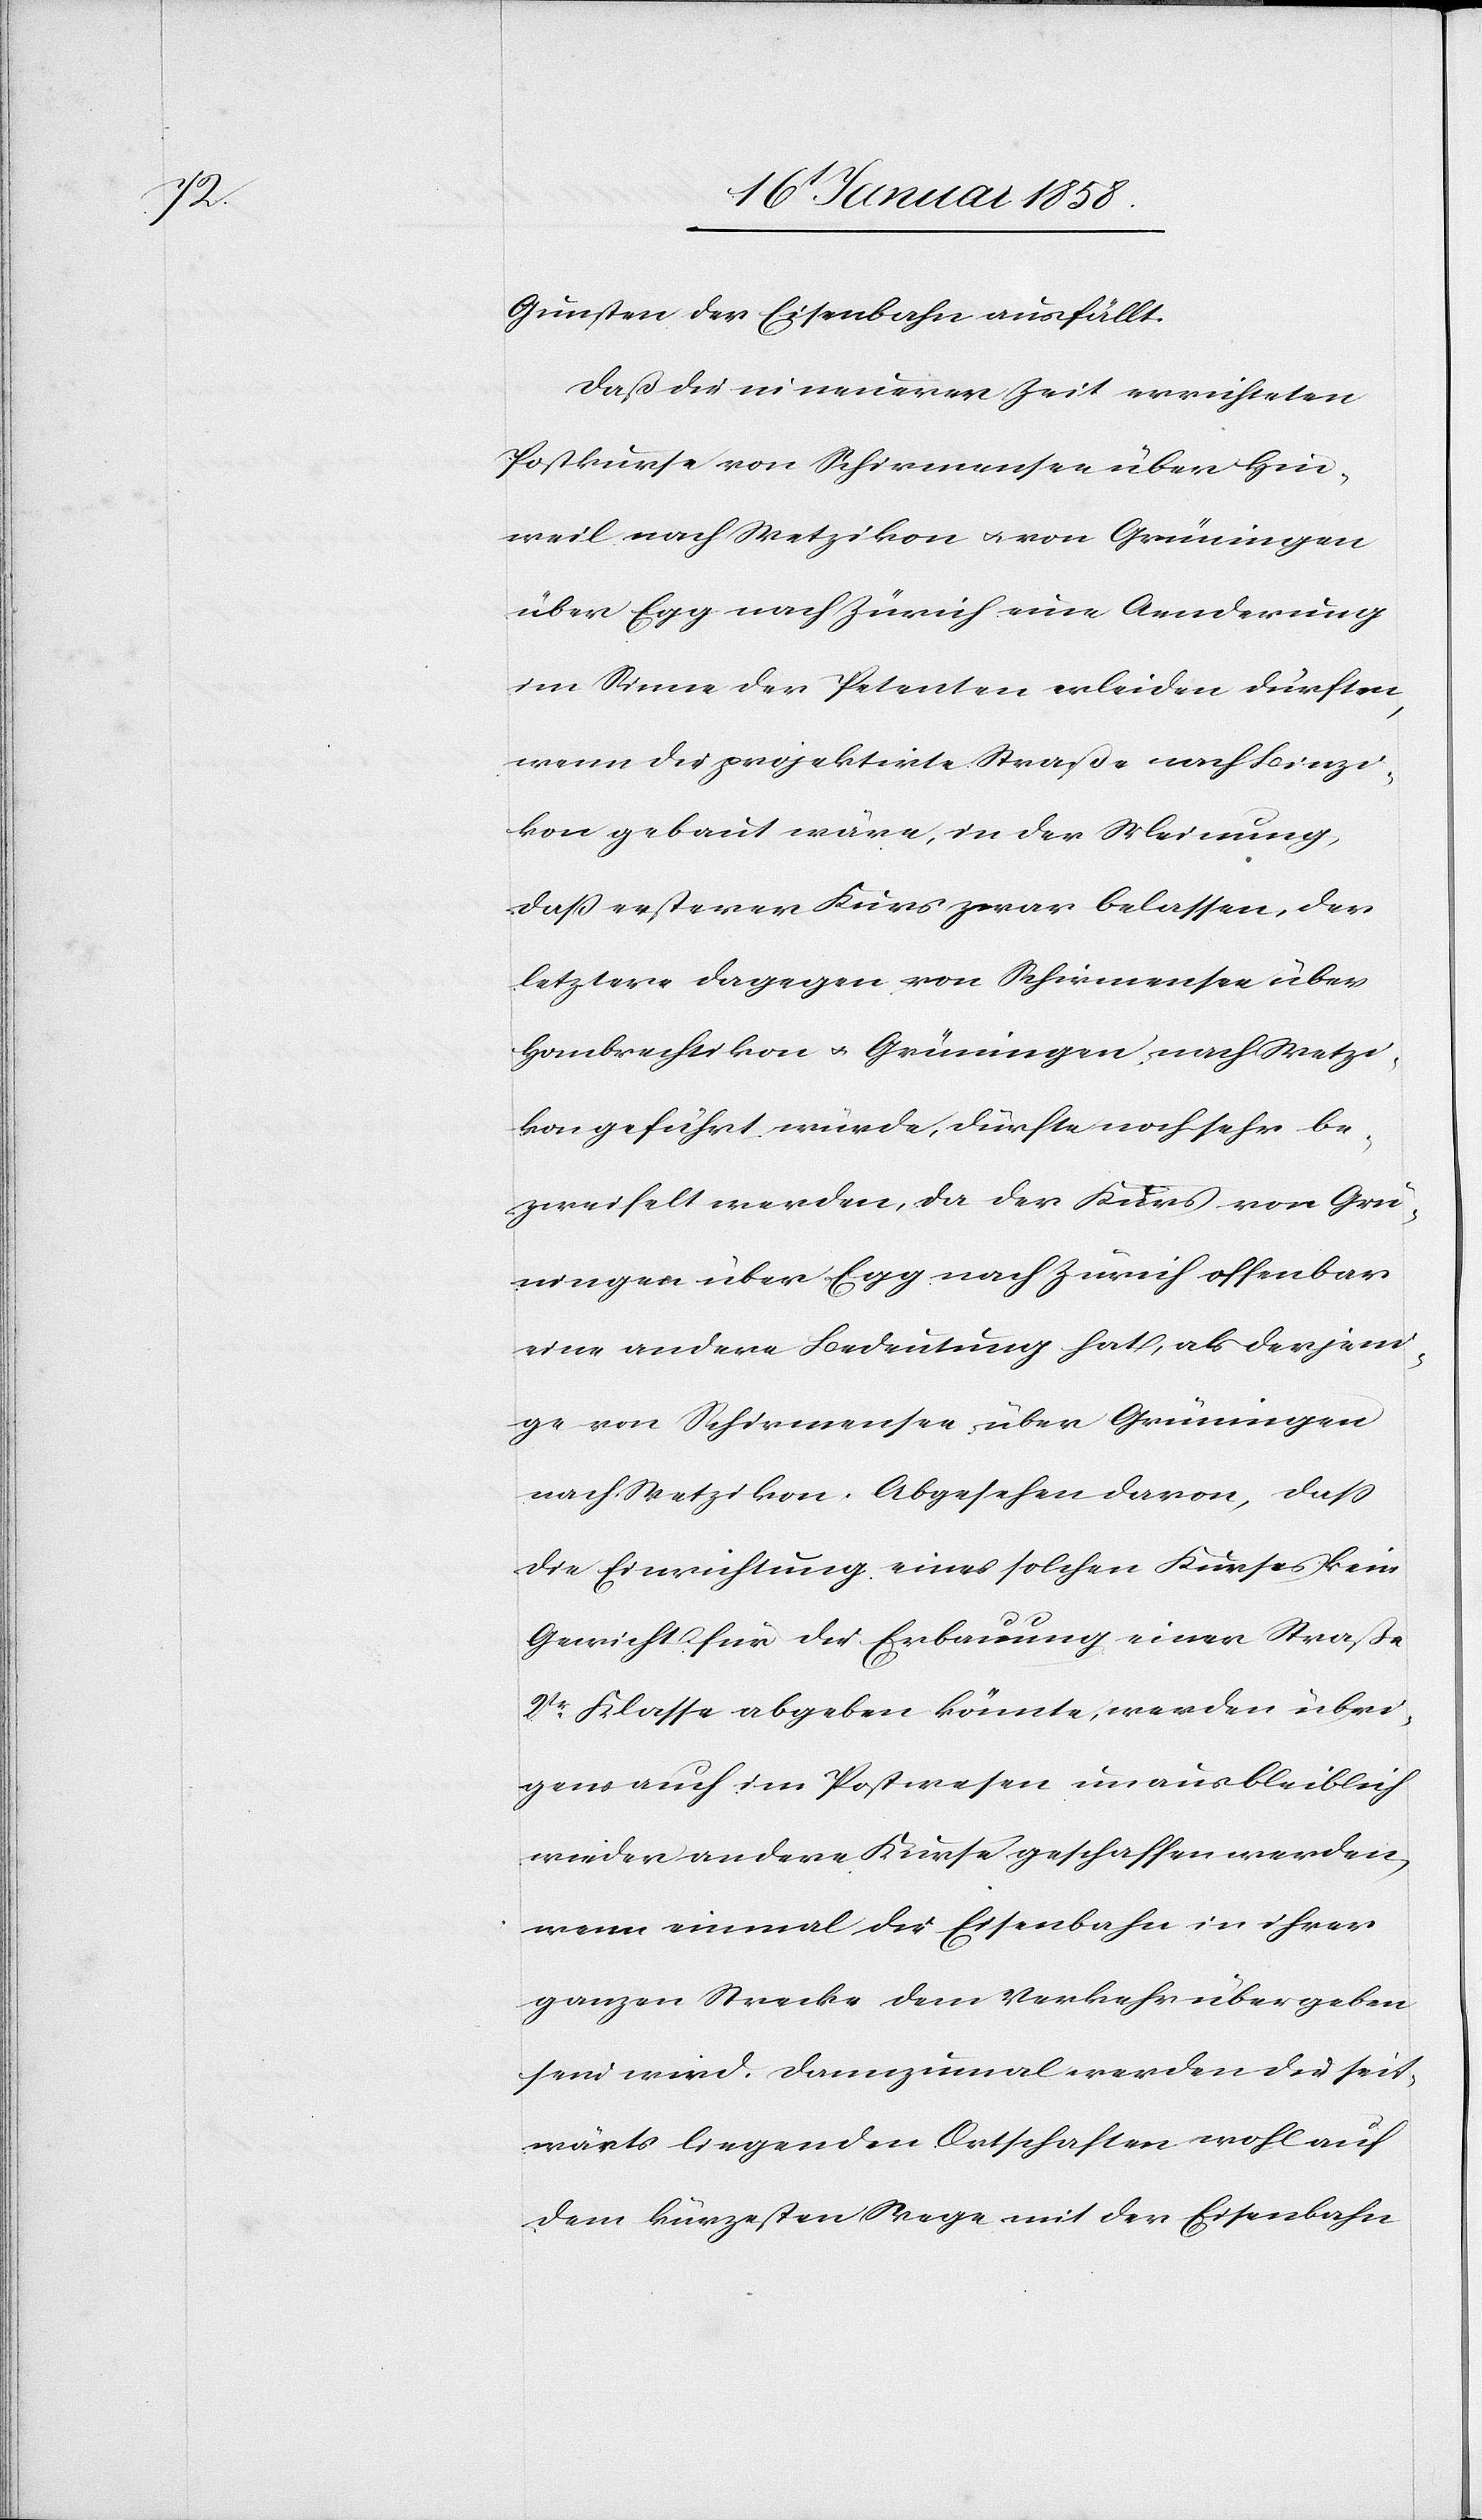
Gunsten der Eisenbahn ausfällt.
Daß die in neuerer Zeit errichteten
Postkurse von Schirmensee über Hin¬
weil nach Wetzikon u. von Grüningen
über Egg nach Zürich eine Aenderung
im Sinne der Petenten erleiden dürften,
wenn die projektirte Straße nach Binzi¬
kon gebaut wäre, in der Meinung,
daß ersterer Kurs zwar belassen, der
letztere dagegen von Schirmensee über
Hombrechtikon u. Grüningen nach Wetzi¬
kon geführt würde, dürfte noch sehr be¬
zweifelt werden, da der Kurs von Grü¬
ningen über Egg nach Zürich offenbar
eine andere Bedeutung hat, als derjeni¬
ge von Schirmensee über Grüningen
nach Wetzikon. Abgesehen davon, daß
die Einrichtung eines solchen Kurses kein
Gewicht für die Erbauung einer Straße
2tr. Klasse abgeben könnte, werden übri¬
gens auch im Postwesen unausbleiblich
wieder andere Kurse geschaffen werden,
wenn einmal die Eisenbahn in ihrer
ganzen Strecke dem Verkehr übergeben
sein wird. Dannzumal werden die seit¬
wärts liegenden Ortschaften wohl auf
dem kürzesten Wege mit der Eisenbahn